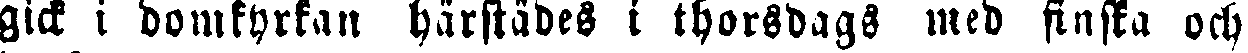
gick i domkyrkan härstädes i thorsdags med finska och